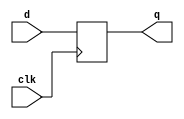

module sm_register
#(
    parameter WIDTH = 1
)
(
    input                        clk,
    input      [ WIDTH - 1 : 0 ] d,
    output reg [ WIDTH - 1 : 0 ] q
);
    always @ (posedge clk)
        q <= d;
endmodule


module sm_register_c
#(
    parameter WIDTH = 1
)
(
    input                        clk,
    input                        rst_n,
    input      [ WIDTH - 1 : 0 ] d,
    output reg [ WIDTH - 1 : 0 ] q
);
    localparam RESET = { WIDTH { 1'b0 } };

    always @ (posedge clk or negedge rst_n)
        if(~rst_n)
            q <= RESET;
        else
            q <= d;
endmodule


module sm_register_we
#(
    parameter WIDTH = 1
)
(
    input                        clk,
    input                        rst_n,
    input                        we,
    input      [ WIDTH - 1 : 0 ] d,
    output reg [ WIDTH - 1 : 0 ] q
);
    localparam RESET = { WIDTH { 1'b0 } };
    
    always @ (posedge clk or negedge rst_n)
        if(~rst_n)
            q <= RESET;
        else
            if(we) q <= d;
endmodule

module sm_register_cs
#(
    parameter WIDTH = 1
)
(
    input                        clk,
    input                        rst_n,
    input                        clr_n,
    input      [ WIDTH - 1 : 0 ] d,
    output     [ WIDTH - 1 : 0 ] q
);
    localparam RESET = { WIDTH { 1'b0 } };
    wire [ WIDTH - 1 : 0 ] dc = ~clr_n ? RESET : d;

    sm_register_c #(WIDTH) r_cs (clk, rst_n, dc, q);

endmodule

module sm_register_wes
#(
    parameter WIDTH = 1
)
(
    input                        clk,
    input                        rst_n,
    input                        clr_n,
    input                        we,
    input      [ WIDTH - 1 : 0 ] d,
    output     [ WIDTH - 1 : 0 ] q
);
    localparam RESET = { WIDTH { 1'b0 } };
    wire [ WIDTH - 1 : 0 ] dc = ~clr_n ? RESET : d;

    sm_register_we #(WIDTH) r_cs (clk, rst_n, we, dc, q);

endmodule